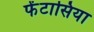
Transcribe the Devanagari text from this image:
फेंटासिया